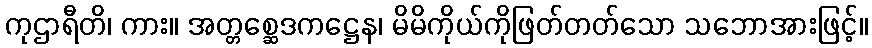
ကုဌာရီတိ၊ ကား။ အတ္တစ္ဆေဒကဋ္ဌေန၊ မိမိကိုယ်ကိုဖြတ်တတ်သော သဘောအားဖြင့်။